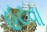
હટવા